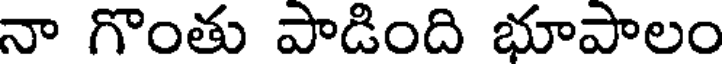
నా గొంతు పాడింది భూపాలం